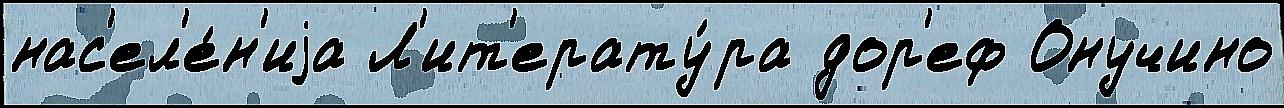
нас'ел'е́н'иjа Л'ит'ерату́ра дор'еф Онучино